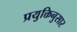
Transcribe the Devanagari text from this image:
प्रयुक्तिनुसार